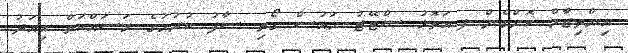
އިންތިޒާމް ކޮށްގެން ފ.އަތޮޅު ސްޓޭޓު ހައުސް ގޯތި ސާފު ކުރުމުގެ މަސައްކަތް މިއަދު